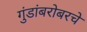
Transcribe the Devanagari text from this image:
गुंडांबरोबरचे